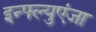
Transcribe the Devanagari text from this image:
इन्फ्ल्युएंजा